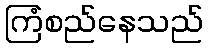
ကြံစည်နေသည်